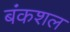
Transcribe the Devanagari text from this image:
बंकशल